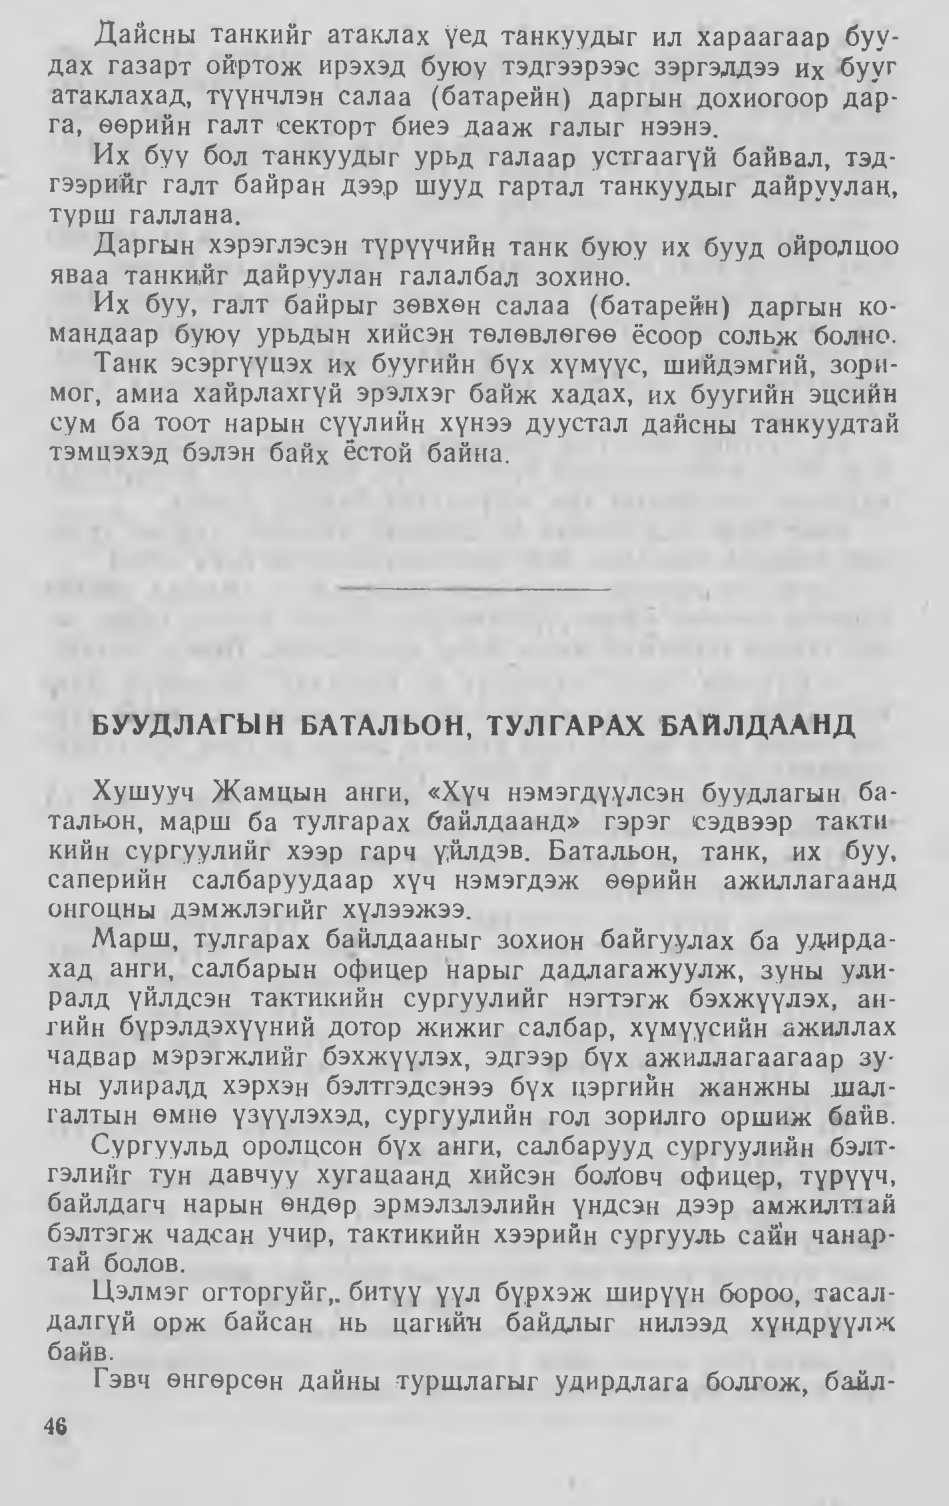
Language: mn